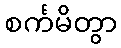
စင်္ကမိတွာ